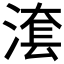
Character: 𣺮